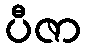
ပီဇာ